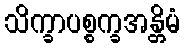
သိက္ခာပစ္စက္ခအန္တိမံ